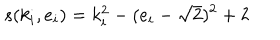
s ( k _ { i } , e _ { i } ) = k _ { i } ^ { 2 } - ( e _ { i } - \sqrt { 2 } ) ^ { 2 } + 2